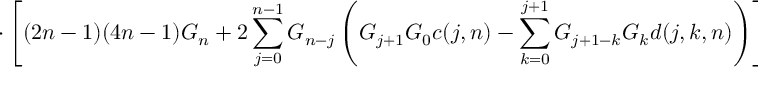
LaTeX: \cdot \left[ ( 2 n - 1 ) ( 4 n - 1 ) { \cal G } _ { n } + 2 \sum _ { j = 0 } ^ { n - 1 } { \cal G } _ { n - j } \left( { \cal G } _ { j + 1 } { \cal G } _ { 0 } c ( j , n ) - \sum _ { k = 0 } ^ { j + 1 } { \cal G } _ { j + 1 - k } { \cal G } _ { k } d ( j , k , n ) \right) \right] , \; n \ge 0 ,